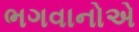
ભગવાનોએ